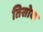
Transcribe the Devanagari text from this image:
तिसोक